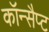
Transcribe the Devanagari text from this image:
कॉन्सैप्ट